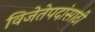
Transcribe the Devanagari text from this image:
विजेतेपदांसाठी